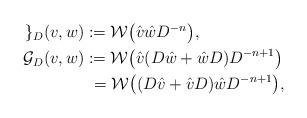
LaTeX: \begin{align*}\begin{aligned}\mathcal{g}_{D}(v,w) &:= \mathcal{W}\bigl( \hat v \hat w D^{-n}\bigr),\\\mathcal{G}_{D}(v,w) &:= \mathcal{W}\bigl( \hat v (D\hat w+\hat wD )D^{-n+1} \bigr)\\&\,\,=\mathcal{W}\bigl( (D\hat v+\hat vD ) \hat wD^{-n+1} \bigr),\end{aligned}\end{align*}